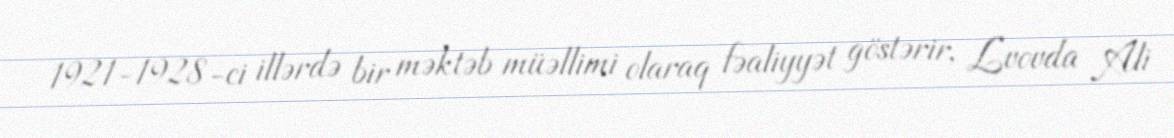
1921-1928-ci illərdə bir məktəb müəllimi olaraq fəaliyyət göstərir, Lvovda Ali